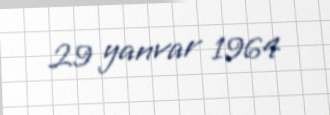
29 yanvar 1964